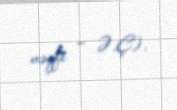
vəqfi – Ə.Ç).